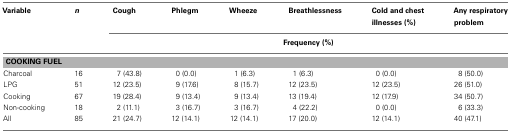
| Variable | n | Cough | Phlegm | Wheeze | Breathlessness | Cold and chest illnesses (%) | Any respiratory problem |
 |  |  | <COLSPAN=6> Frequency (%) |
 | --- | --- | --- | --- | --- | --- | --- | --- |
 | <COLSPAN=8> COOKING FUEL |
 | Charcoal | 16 | 7 (43.8) | 0 (0.0) | 1 (6.3) | 1 (6.3) | 0 (0.0) | 8 (50.0) |
 | LPG | 51 | 12 (23.5) | 9 (17.6) | 8 (15.7) | 12 (23.5) | 12 (23.5) | 26 (51.0) |
 | Cooking | 67 | 19 (28.4) | 9 (13.4) | 9 (13.4) | 13 (19.4) | 12 (17.9) | 34 (50.7) |
 | Non-cooking | 18 | 2 (11.1) | 3 (16.7) | 3 (16.7) | 4 (22.2) | 0 (0.0) | 6 (33.3) |
 | All | 85 | 21 (24.7) | 12 (14.1) | 12 (14.1) | 17 (20.0) | 12 (14.1) | 40 (47.1) |